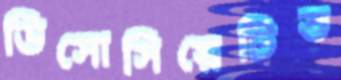
ডিসোসিয়েটিভ